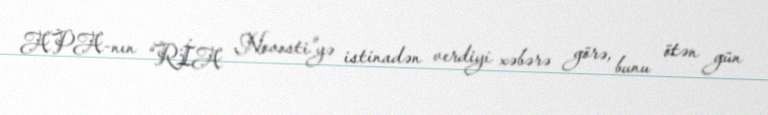
APA-nın “RİA Novosti”yə istinadən verdiyi xəbərə görə, bunu ötən gün